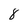
Character: 8